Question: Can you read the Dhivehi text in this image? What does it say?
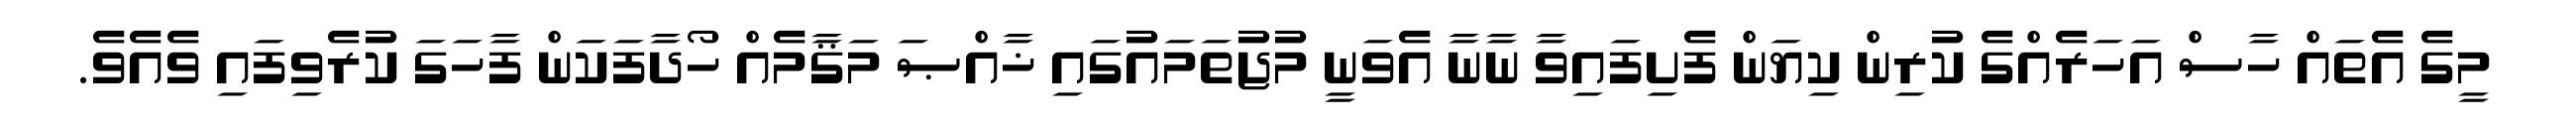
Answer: މީގެ އެތައް ހާސް އަހަރެއްގެ ކުރިން ކިޔަން ފެށިފައިވާ ނާނާ އެވަނީ މުޖުތަމައުގައި ޚާއްޞަ މަޤާމެއް ހޯދާފަކަން ފާހަގަ ކުރެވިފައި ވެއެވެ.